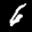
Label: 6